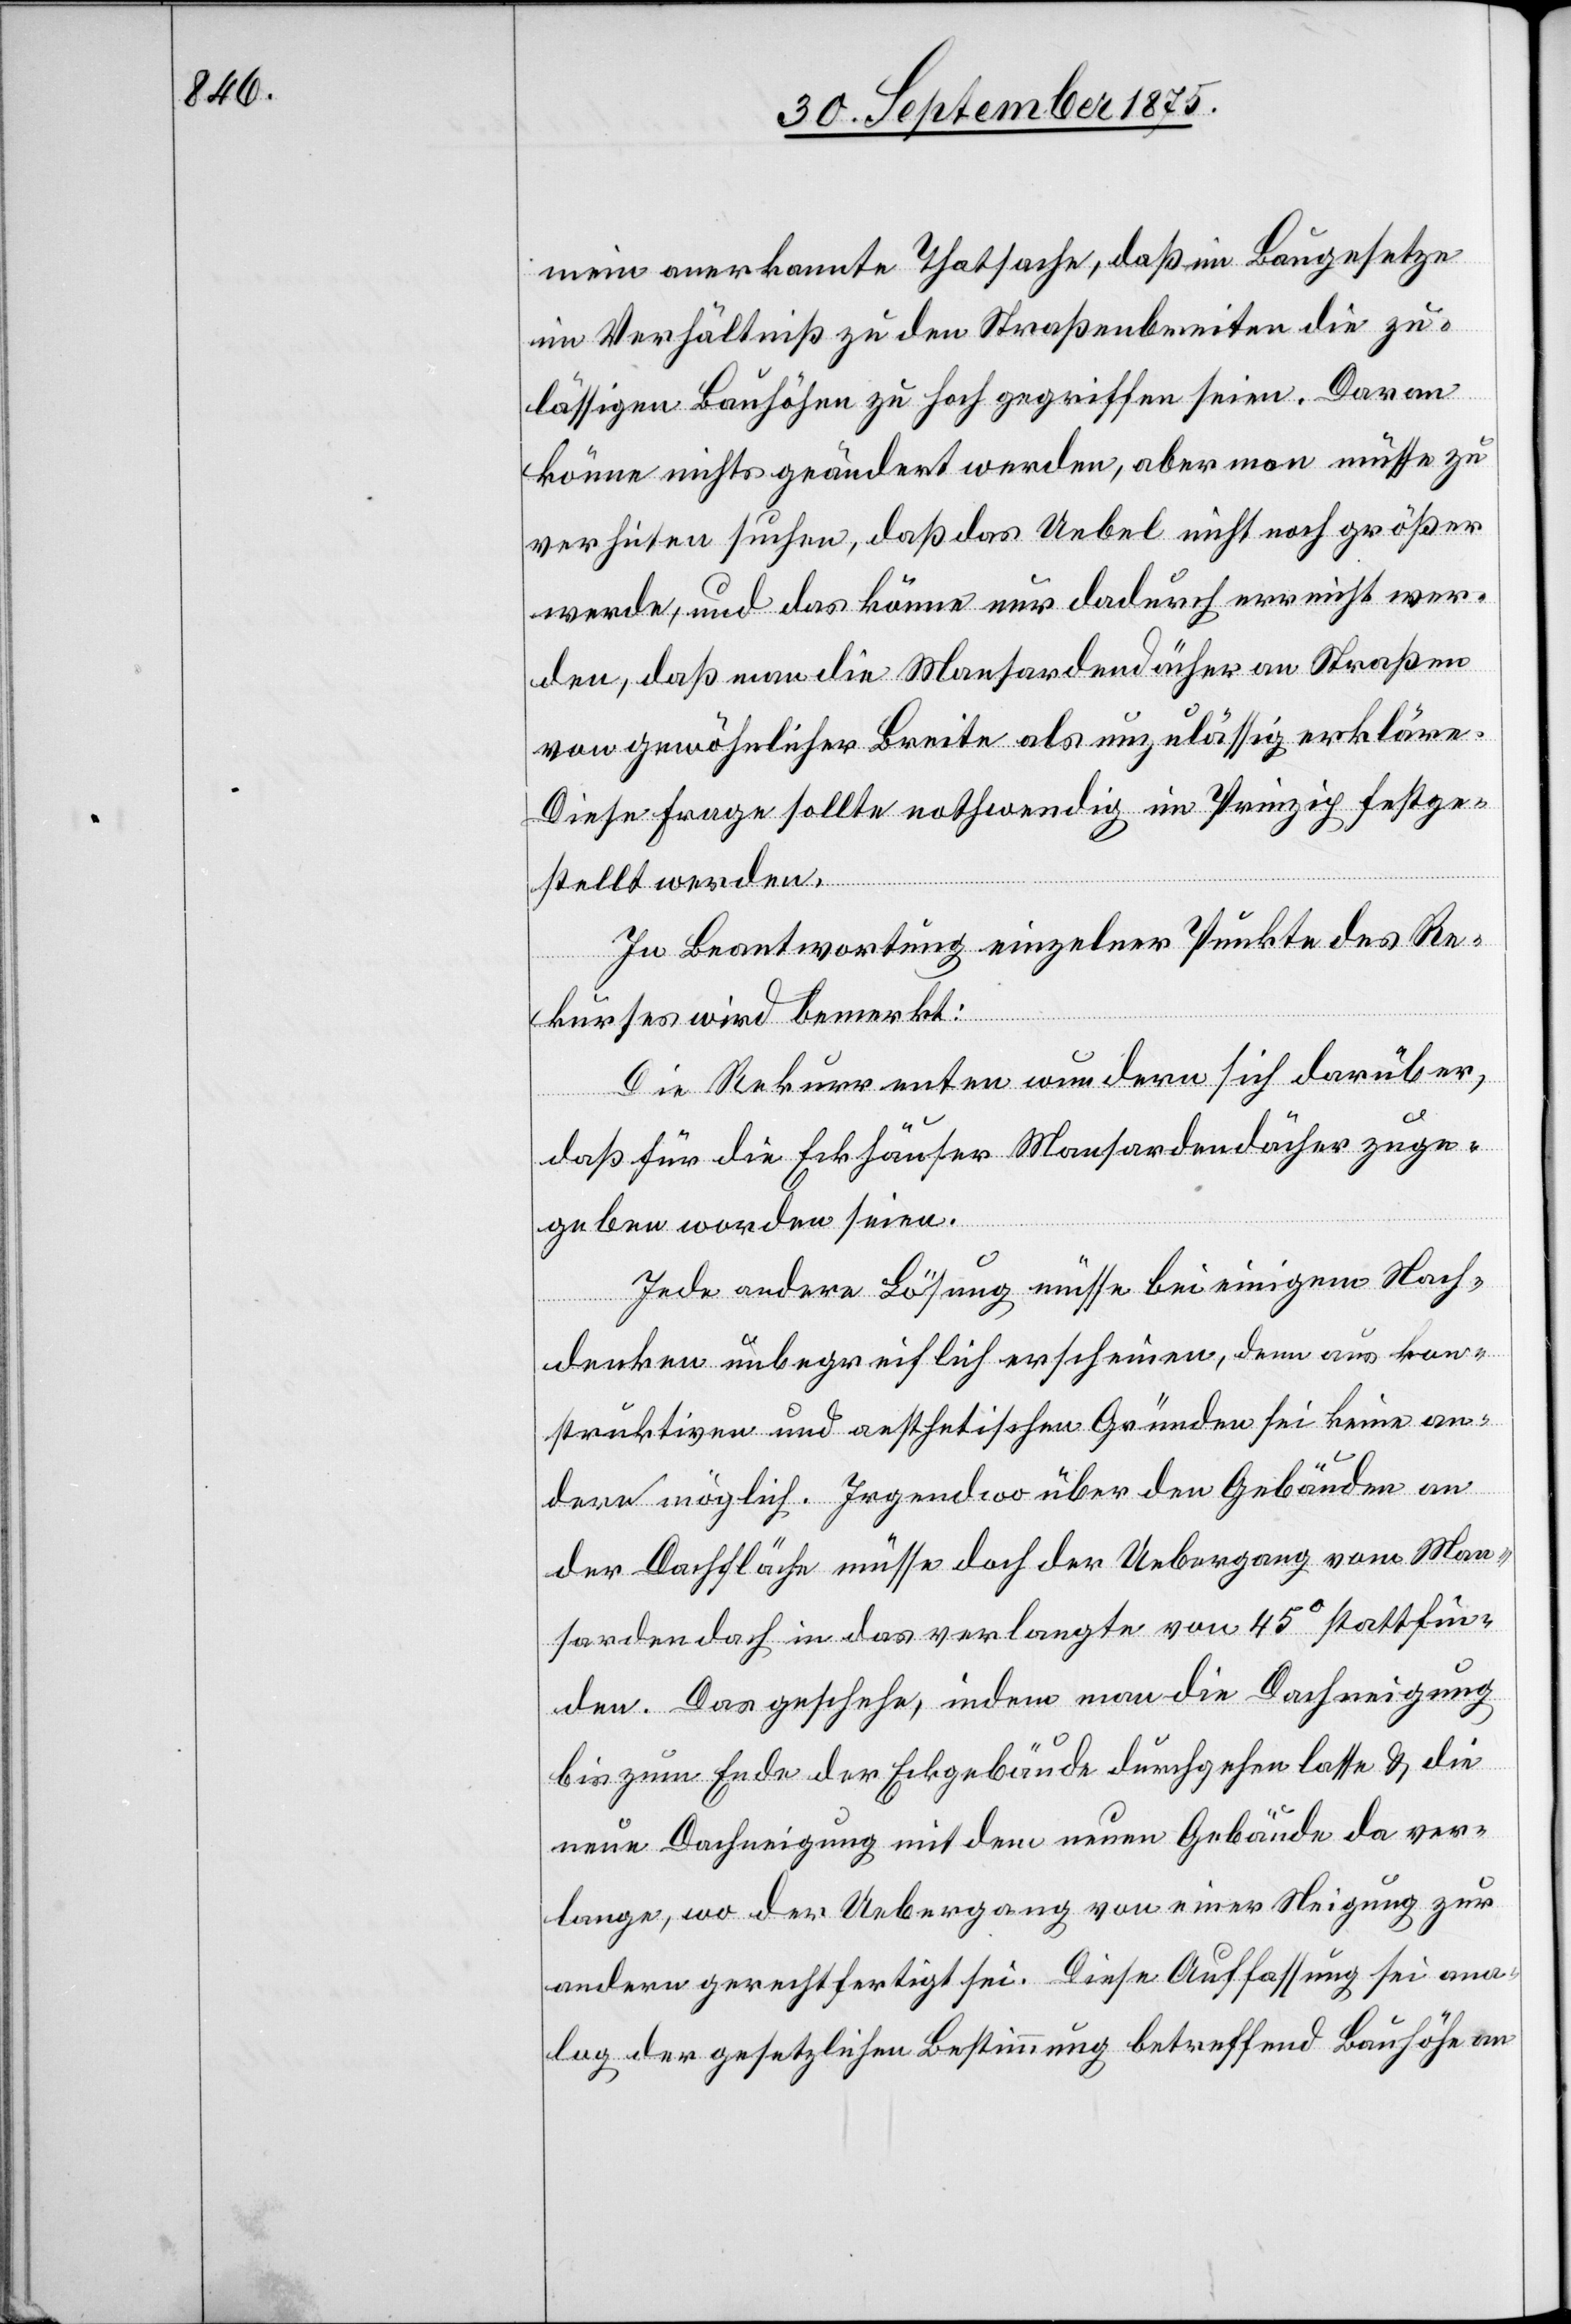
mein anerkannte Thatsache, daß im Baugesetze
im Verhältniß zu den Straßenbreiten die zu¬
lässigen Bauhöhen zu hoch gegriffen seien. Daran
könne nichts geändert werden, aber man müsse zu
verhüten suchen, daß das Uebel nicht noch größer
werde, und das könne nur dadurch erreicht wer¬
den, daß man die Mansardendächer an Straßen
von gewöhnlicher Breite als unzulässig erkläre.
Diese Frage sollte nothwendig im Prinzip festge¬
stellt werden.
In Beantwortung einzelner Punkte des Re¬
kurses wird bemerkt:
Die Rekurrenten wundern sich darüber,
den [s¬
daß für die Eckhäuser Mansardendächer zuge¬
geben worden seien.
Jede andere Lösung müsse bei einigem Nach¬
denken unbegreiflich erscheinen, denn aus kon¬
struktiven und aesthetischen Gründen sei keine an¬
dere möglich. Irgendwo über den Gebäuden an
der Dachfläche müsse doch der Uebergang vom Man¬
sardendach in das verlangte von 45° stattfin¬
ic!]. Das geschehe, indem man die Dachneigung
bis zum Ende der Eckgebäude durchgehen lasse & die
neue Dachneigung mit dem neuen Gebäude da ver¬
lange, wo der Uebergang von einer Neigung zur
andern gerechtfertigt sei. Diese Auffassung sei ana¬
log der gesetzlichen Bestimmung betreffend Bauhöhe an